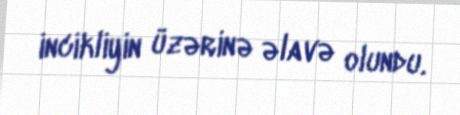
incikliyin üzərinə əlavə olundu.